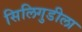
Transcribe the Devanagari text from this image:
सिलिगुडीला